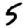
Digit: 5